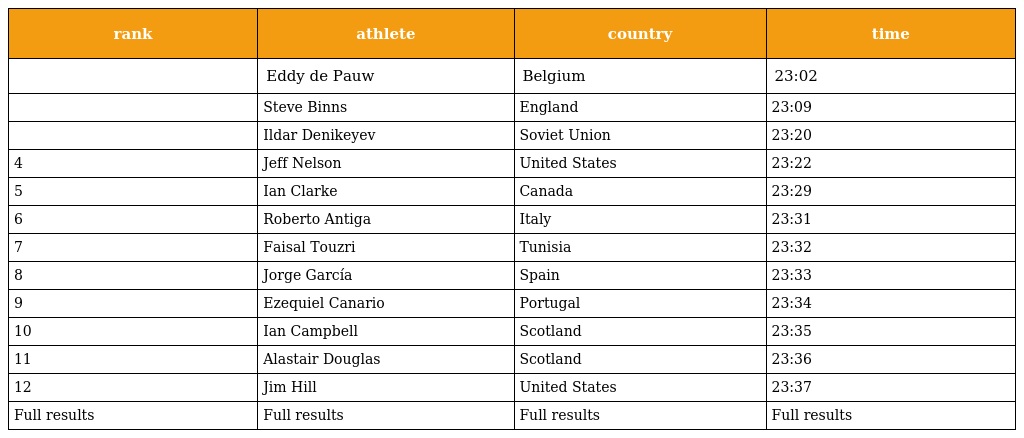
| rank | athlete | country | time |
 | --- | --- | --- | --- |
 |  | Eddy de Pauw | Belgium | 23:02 |
 |  | Steve Binns | England | 23:09 |
 |  | Ildar Denikeyev | Soviet Union | 23:20 |
 | 4 | Jeff Nelson | United States | 23:22 |
 | 5 | Ian Clarke | Canada | 23:29 |
 | 6 | Roberto Antiga | Italy | 23:31 |
 | 7 | Faisal Touzri | Tunisia | 23:32 |
 | 8 | Jorge García | Spain | 23:33 |
 | 9 | Ezequiel Canario | Portugal | 23:34 |
 | 10 | Ian Campbell | Scotland | 23:35 |
 | 11 | Alastair Douglas | Scotland | 23:36 |
 | 12 | Jim Hill | United States | 23:37 |
 | Full results | Full results | Full results | Full results |